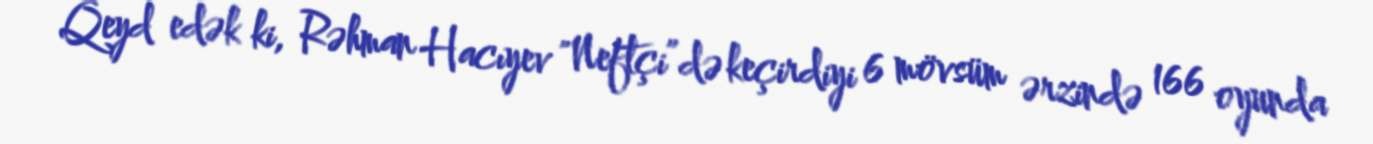
Qeyd edək ki, Rəhman Hacıyev "Neftçi”də keçirdiyi 6 mövsüm ərzində 166 oyunda